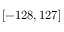
[ - 1 2 8 , 1 2 7 ]